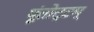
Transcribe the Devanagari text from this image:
पूंतोट्टम्